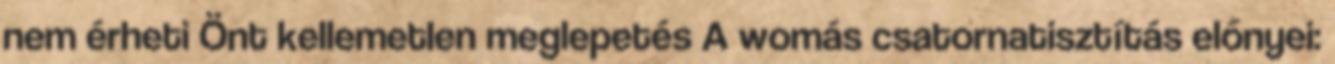
nem érheti Önt kellemetlen meglepetés A womás csatornatisztítás előnyei: